Report of the Indian Hemp Drugs Commission, 1894-1895 - Volume V
Year: 1894
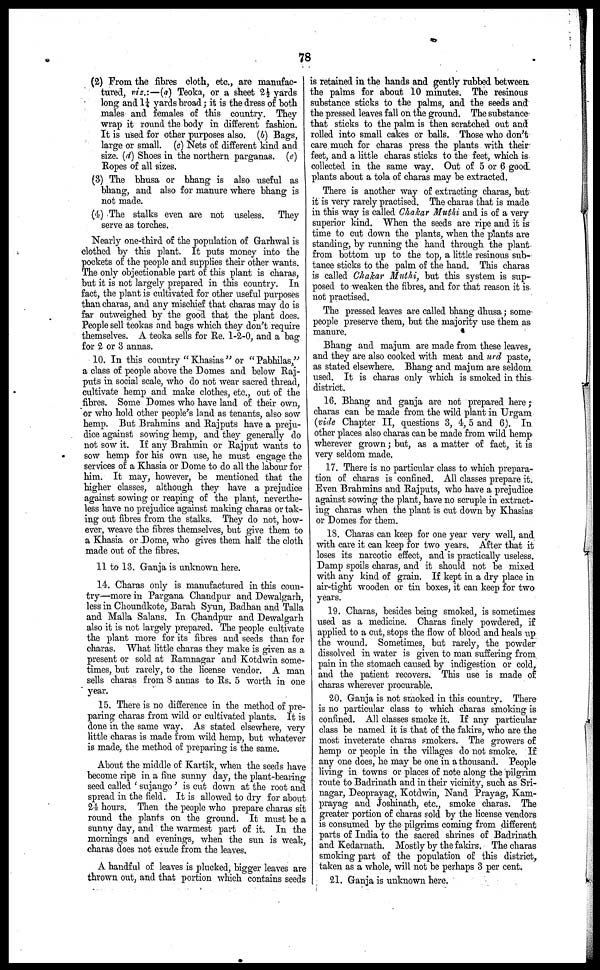
78
(2) From the fibres cloth, etc., are manufac-
tured, viz.:—(a) Teoka, or a sheet 2½ yards
long and 1¼ yards broad ; it is the dress of both
males and females of this country. They
wrap it round the body in different fashion.
It is used for other purposes also. (6) Bags,
large or small. (c) Nets of different kind and
size. (d) Shoes in the northern parganas. (e)
Ropes of all sizes.
(3) The bhusa or bhang is also useful as
bhang, and also for manure where bhang is
not made.
(4) The stalks even are not useless. They
serve as torches.
Nearly one-third of the population of Garhwal is
clothed by this plant. It puts money into the
pockets of the people and supplies their other wants.
The only objectionable part of this plant is charas,
but it is not largely prepared in this country. In
fact, the plant is cultivated for other useful purposes
than charas, and any mischief that charas may do is
far outweighed by the good that the plant does.
People sell teokas and bags which they don't require
themselves. A teoka sells for Re. 1-2-0, and a bag
for 2 or 3 annas.
10. In this country "Khasias" or "Pabhilas,"
a class of people above the Domes and below Raj-
puts in social scale, who do not wear sacred thread,
cultivate hemp and make clothes, etc., out of the
fibres. Some Domes who have land of their own,
or who hold other people's land as tenants, also sow
hemp. But Brahmins and Rajputs have a preju-
dice against sowing hemp, and they generally do
not sow it. If any Brahmin or Rajput wants to
sow hemp for his own use, he must engage the
services of a Khasia or Dome to do all the labour for
him. It may, however, be mentioned that the
higher classes, although they have a prejudice
against sowing or reaping of the plant, neverthe-
less have no prejudice against making charas or tak-
ing out fibres from the stalks. They do not, how-
ever, weave the fibres themselves, but give them to
a Khasia or Dome, who gives them half the cloth
made out of the fibres.
11 to 13. Ganja is unknown here.
14. Charas only is manufactured in this coun-
try—more in Pargana Chandpur and Dewalgarh,
less in Choundkote, Barah Syun, Badhan and Talla
and Malla Salans. In Chandpur and Dewalgarh
also it is not largely prepared. The people cultivate
the plant more for its fibres and seeds than for
charas. What little charas they make is given as a
present or sold at Ramnagar and Kotdwin some-
times, but rarely, to the license vendor. A man
sells charas from 8 annas to Rs. 5 worth in one
year.
15. There is no difference in the method of pre-
paring charas from wild or cultivated plants. It is
done in the same way. As stated elsewhere, very
little charas is made from wild hemp, but whatever
is made, the method of preparing is the same.
About the middle of Kartik, when the seeds have
become ripe in a fine sunny day, the plant-bearing
seed called 'sujango' is cut down at the root and
spread in the field. It is allowed to dry for about
24 hours. Then the people who prepare charas sit
round the plants on the ground. It must be a
sunny day, and the warmest part of it. In the
mornings and evenings, when the sun is weak,
charas does not exude from the leaves.
A handful of leaves is plucked, bigger leaves are
thrown out, and that portion which contains seeds
is retained in the hands and gently rubbed between
the palms for about 10 minutes. The resinous
substance sticks to the palms, and the seeds and
the pressed leaves fall on the ground. The substance
that sticks to the palm is then scratched out and
rolled into small cakes or balls. Those who don't
care much for charas press the plants with their
feet, and a little charas sticks to the feet, which is
collected in the same way. Out of 5 or 6 good
plants about a tola of charas may be extracted.
There is another way of extracting charas, but
it is very rarely practised. The charas that is made
in this way is called Chakar Muthi and is of a very
superior kind. When the seeds are ripe and it is
time to cut down the plants, when the plants are
standing, by running the hand through the plant
from bottom up to the top, a little resinous sub-
tance sticks to the palm of the hand. This charas
is called Chakar Muthi, but this system is sup-
posed to weaken the fibres, and for that reason it is
not practised.
The pressed leaves are called bhang dhusa ; some
people preserve them, but the majority use them as
manure.
Bhang and majum are made from these leaves,
and they are also cooked with meat and urd paste,
as stated elsewhere. Bhang and majum are seldom
used. It is charas only which is smoked in this
district.
16. Bhang and ganja are not prepared here ;
charas can be made from the wild plant in Urgam
(vide Chapter II, questions 3, 4, 5 and 6). In
other places also charas can be made from wild hemp
wherever grown ; but, as a matter of fact, it is
very seldom made.
17. There is no particular class to which prepara-
tion of charas is confined. All classes prepare it.
Even Brahmins and Rajputs, who have a prejudice
against sowing the plant, have no scruple in extract-
ing charas when the plant is cut down by Khasias
or Domes for them.
18. Charas can keep for one year very well, and
with care it can keep for two years. After that it
loses its narcotic effect, and is practically useless.
Damp spoils charas, and it should not be mixed
with any kind of grain. If kept in a dry place in
air-tight wooden or tin boxes, it can keep for two
years.
19. Charas, besides being smoked, is sometimes
used as a medicine. Charas finely powdered, if
applied to a cut, stops the flow of blood and heals up
the wound. Sometimes, but rarely, the powder
dissolved in water is given to man suffering from
pain in the stomach caused by indigestion or cold,
and the patient recovers. This use is made of
charas wherever procurable.
20. Ganja is not smoked in this country. There
is no particular class to which charas smoking is
confined. All classes smoke it. If any particular
class be named it is that of the fakirs, who are the
most inveterate charas smokers. The growers of
hemp or people in the villages do not smoke. If
any one does, he may be one in a thousand. People
living in towns or places of note along the pilgrim
route to Badrinath and in their vicinity, such as Sri-
nagar, Deoprayag, Kotdwin, Nand Prayag, Kam-
prayag and Joshinath, etc., smoke charas. The
greater portion of charas sold by the license vendors
is consumed by the pilgrims coming from different
parts of India to the sacred shrines of Badrinath
and Kedarnath. Mostly by the fakirs. The charas
smoking part of the population of this district,
taken as a whole, will not be perhaps 3 per cent.
21. Ganja is unknown here.